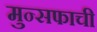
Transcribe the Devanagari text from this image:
मुन्सफाची